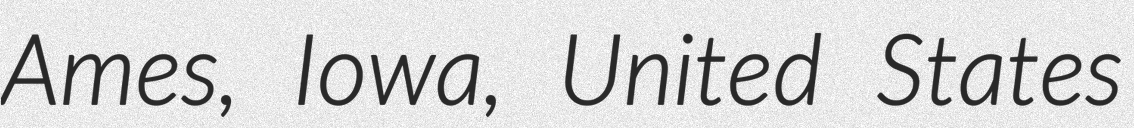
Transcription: Ames, Iowa, United States